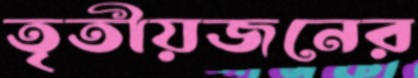
তৃতীয়জনের